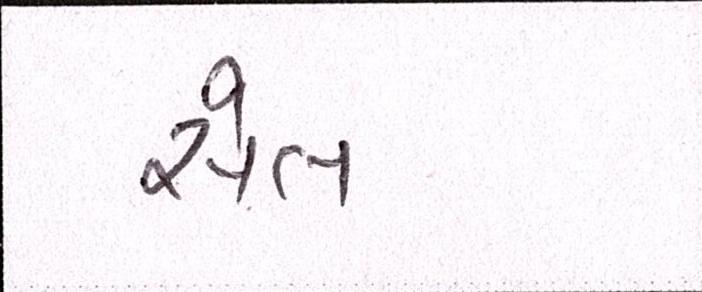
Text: સેલ